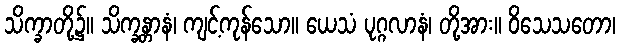
သိက္ခာတို့၌။ သိက္ခန္တာနံ၊ ကျင့်ကုန်သော။ ယေသံ ပုဂ္ဂလာနံ၊ တို့အား။ ဝိသေသတော၊